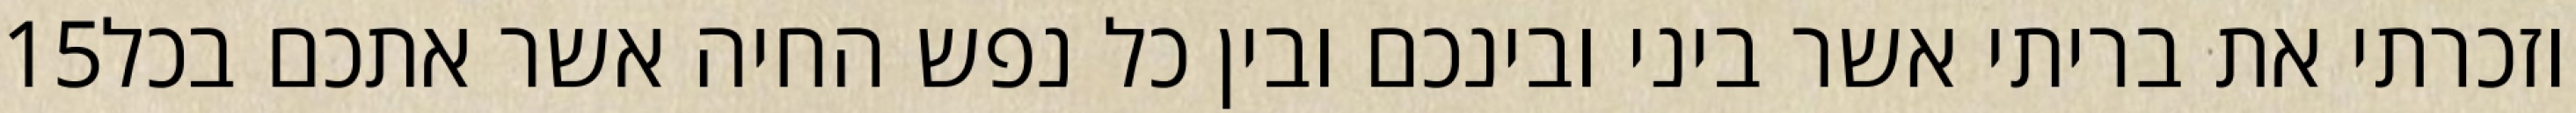
‎15‏ וזכרתי את בריתי אשר ביני ובינכם ובין כל נפש החיה אשר אתכם בכל